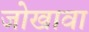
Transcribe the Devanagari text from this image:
जोखावा